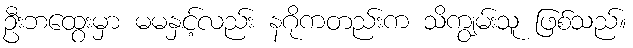
ဦးဘထွေးမှာ မမနှင့်လည်း နဂိုကတည်းက သိကျွမ်းသူ ဖြစ်သည်။